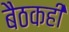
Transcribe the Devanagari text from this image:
बैठकही